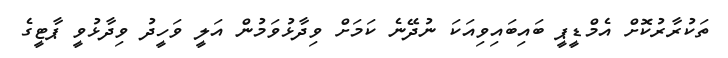
ތަކުރާރުކޮށް އެމްޑީޕީ ބައިބައިވިއަކަ ނުދޭނެ ކަމަށް ވިދާޅުވަމުން އަލީ ވަހީދު ވިދާޅުވީ ޕާޓީގެ